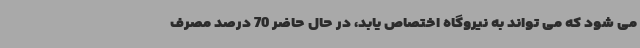
می شود که می تواند به نیروگاه اختصاص یابد، در حال حاضر 70 درصد مصرف